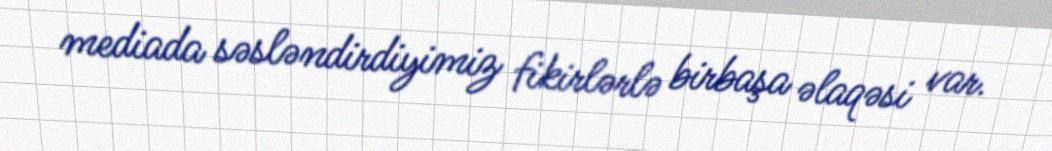
mediada səsləndirdiyimiz fikirlərlə birbaşa əlaqəsi var.